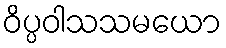
ဝိပ္ပဝါသသမယော